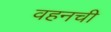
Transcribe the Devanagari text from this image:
वहनची